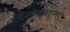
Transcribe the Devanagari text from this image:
किशनलाला